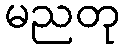
မညတု